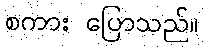
စကား ပြောသည်။